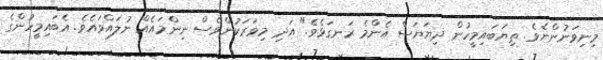
މިނިވަނުންނެވެ. ތިޔަބައިމީހުން ދިޔަޔަސް އެންމެ ރަނގަޅެވެ." އަދި މިވަރަކުންވެސް ނިންމައެއް ނުލައްވައެވެ. އެބައިމީހުންގެ